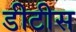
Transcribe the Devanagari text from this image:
डीटीस